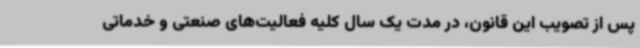
پس از تصویب این قانون، در مدت یک سال کلیه فعالیت‌های صنعتی و خدماتی